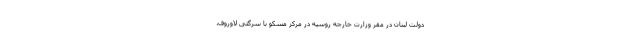
دولت لبنان در مقر وزارت خارجه روسیه در مرکز مسکو با سرگئی لاوروف،